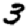
Digit: 3